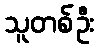
သူတစ်ဦး